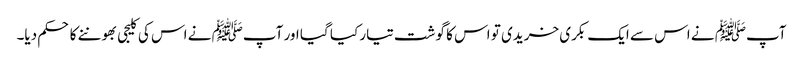
آپﷺ نے اس سے ایک بکری خریدی تو اس کا گوشت تیار کیا گیا اور آپﷺ نے اس کی کلیجی بھوننے کا حکم دیا۔